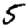
Digit: 5